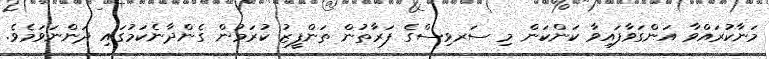
މަނާކުރައްވާ އަންގަވާފައިވާ ކަންކަން މި ސަރވިސްގެ ފަރާތުން ތަންފީޒު ކުރަމުން ގެންދާނެކަމުގައި ދަންނަވަމެވެ.